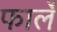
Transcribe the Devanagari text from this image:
फार्ले